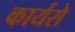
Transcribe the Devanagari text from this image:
कार्यसे